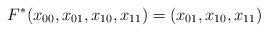
\begin{align*}F^* (x_{00},x_{01},x_{10},x_{11})=(x_{01},x_{10},x_{11})\end{align*}